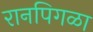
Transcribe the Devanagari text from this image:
रानपिगळा